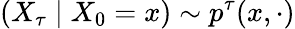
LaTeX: (X_{\tau}\mid X_{0}=x)\sim p^{\tau}(x,\cdot)